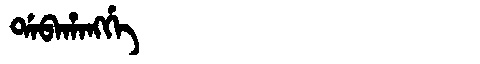
Manchu: ᡩᠠᠪᠠᡥᠠᠩᡤᡝ
Romanization: DABAHANGGE